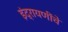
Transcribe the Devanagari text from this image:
इंद्रायणींचे